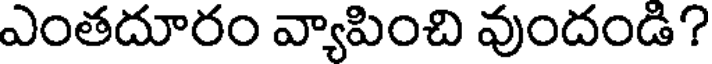
ఎంతదూరం వ్యాపించి వుందండి?